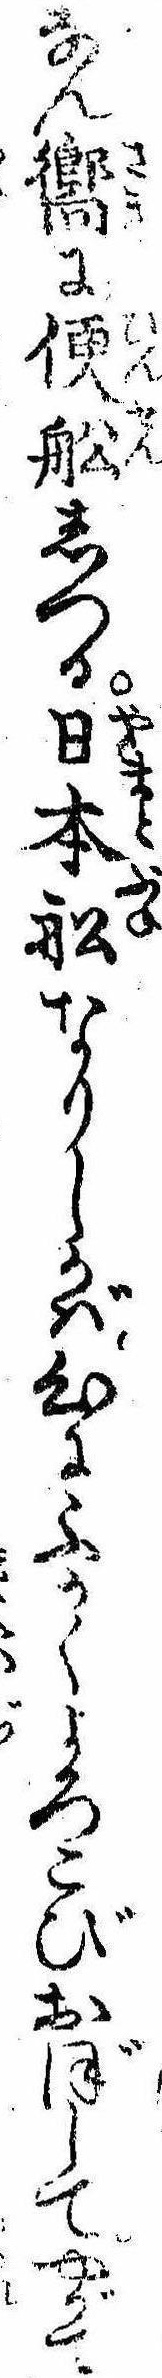
なん嚮に便船しつる日本船なりしかば心にふかくよろこびおぼしてやがて